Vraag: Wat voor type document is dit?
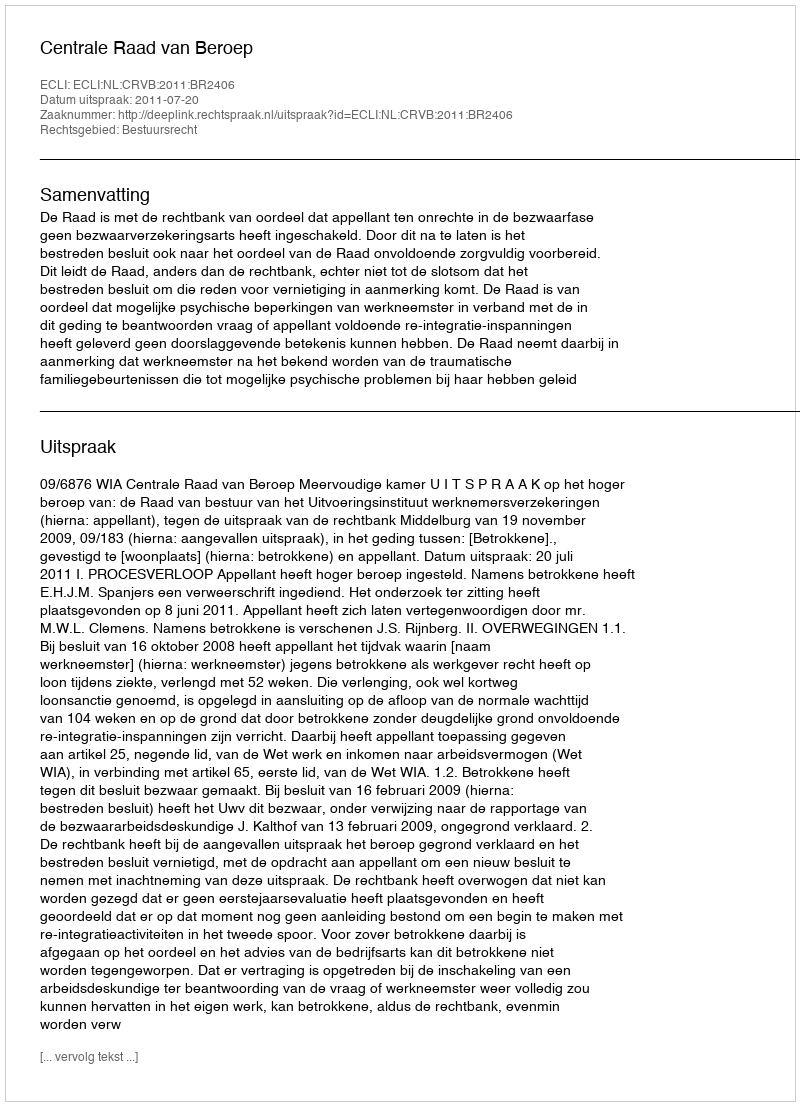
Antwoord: Uitspraak